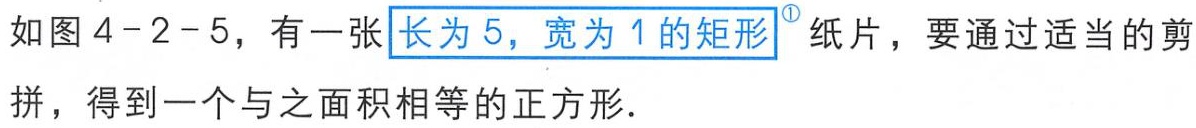
如图 4-2-5，有一张长为 5，宽为 1的矩形纸片，要通过适当的剪拼，得到一个与之面积相等的正方形.